Elephants and their diseases
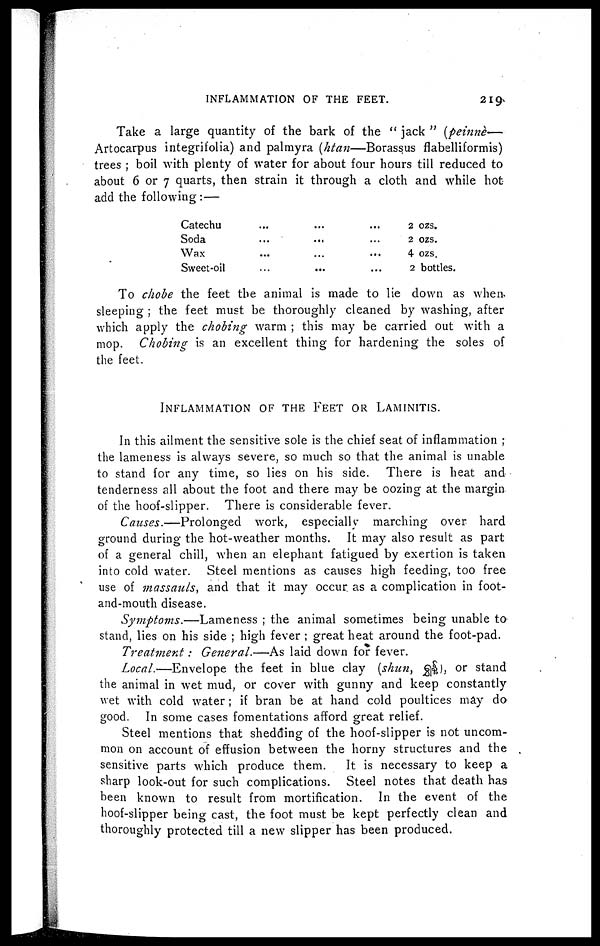
220
A TREATISE ON ELEPHANTS.
CRACKED SOLE.
This is a condition in which ulceration takes place in the natural
cracks or crevices of the sole. It is a most troublesome affection
and difficult to cure. In some cases proud flesh occurs.
Causes.—Generally affects animals that are constantly working
in water such as many timber animals have to do ; bad sanitation is
another and not infrequent cause.
Symptoms.—The
affected parts appear sore ; there is often a
nasty oozing discharge from the cracks, and in severe and neglected
cases there may be raw fungus-like growths. Some animals suffer so
much pain that they are disabled.
Treatment.—In
this affection cleanliness and keeping the feet
dry are all-important. While the animal is down, poultices may be
applied ; bran sprinkled with phenyle, or carbolic acid lotion,
or bran and powdered charcoal poultices are useful (see page 136).
When the feet are cleaned, they may be washed with some mild
disinfectant ; then dried and some dry dressing, as equal parts of
boracic acid, oxide of zinc and iodoform, should be employed. A
pad of tow should now be applied, then a bandage and over all a
gunny-bag to keep the tow in place.
The foot should then be
enveloped in a leather boot, or a boot with wooden sole and leather
upper. If there is any tendency to proud flesh, it should be kept
down with blue-stone or some other caustic.
An excellent ointment for use in this ailment, and also for nasty
ill-conditioned sores about the feet, etc., is made as follows :—
Powdered alum ... ...
Subacetate of copper ... ...
Strong acetic acid ... ...
Vaseline ... .. ...
1 dr.
1 dr.
½ dr.
1 oz.
Melt the vaseline, then add the alum and copper and stir well ;
when almost cold, stir in the acid.
The following dressing may also be tried :—
Sulphate of copper ... ...
Tar ... ... ...
1 part.
8 parts.
Mix and heat together over a slow fire.
Dry calomel may be introduced into the cracks, or a small
quantity of burnt alum. The following recommended by Tuson also
makes a convenient dressing :—
Tar.........
Soft-soap.........
2 parts.
1 part.
Linseed meal sufficient to impart tenacity to the mixture.